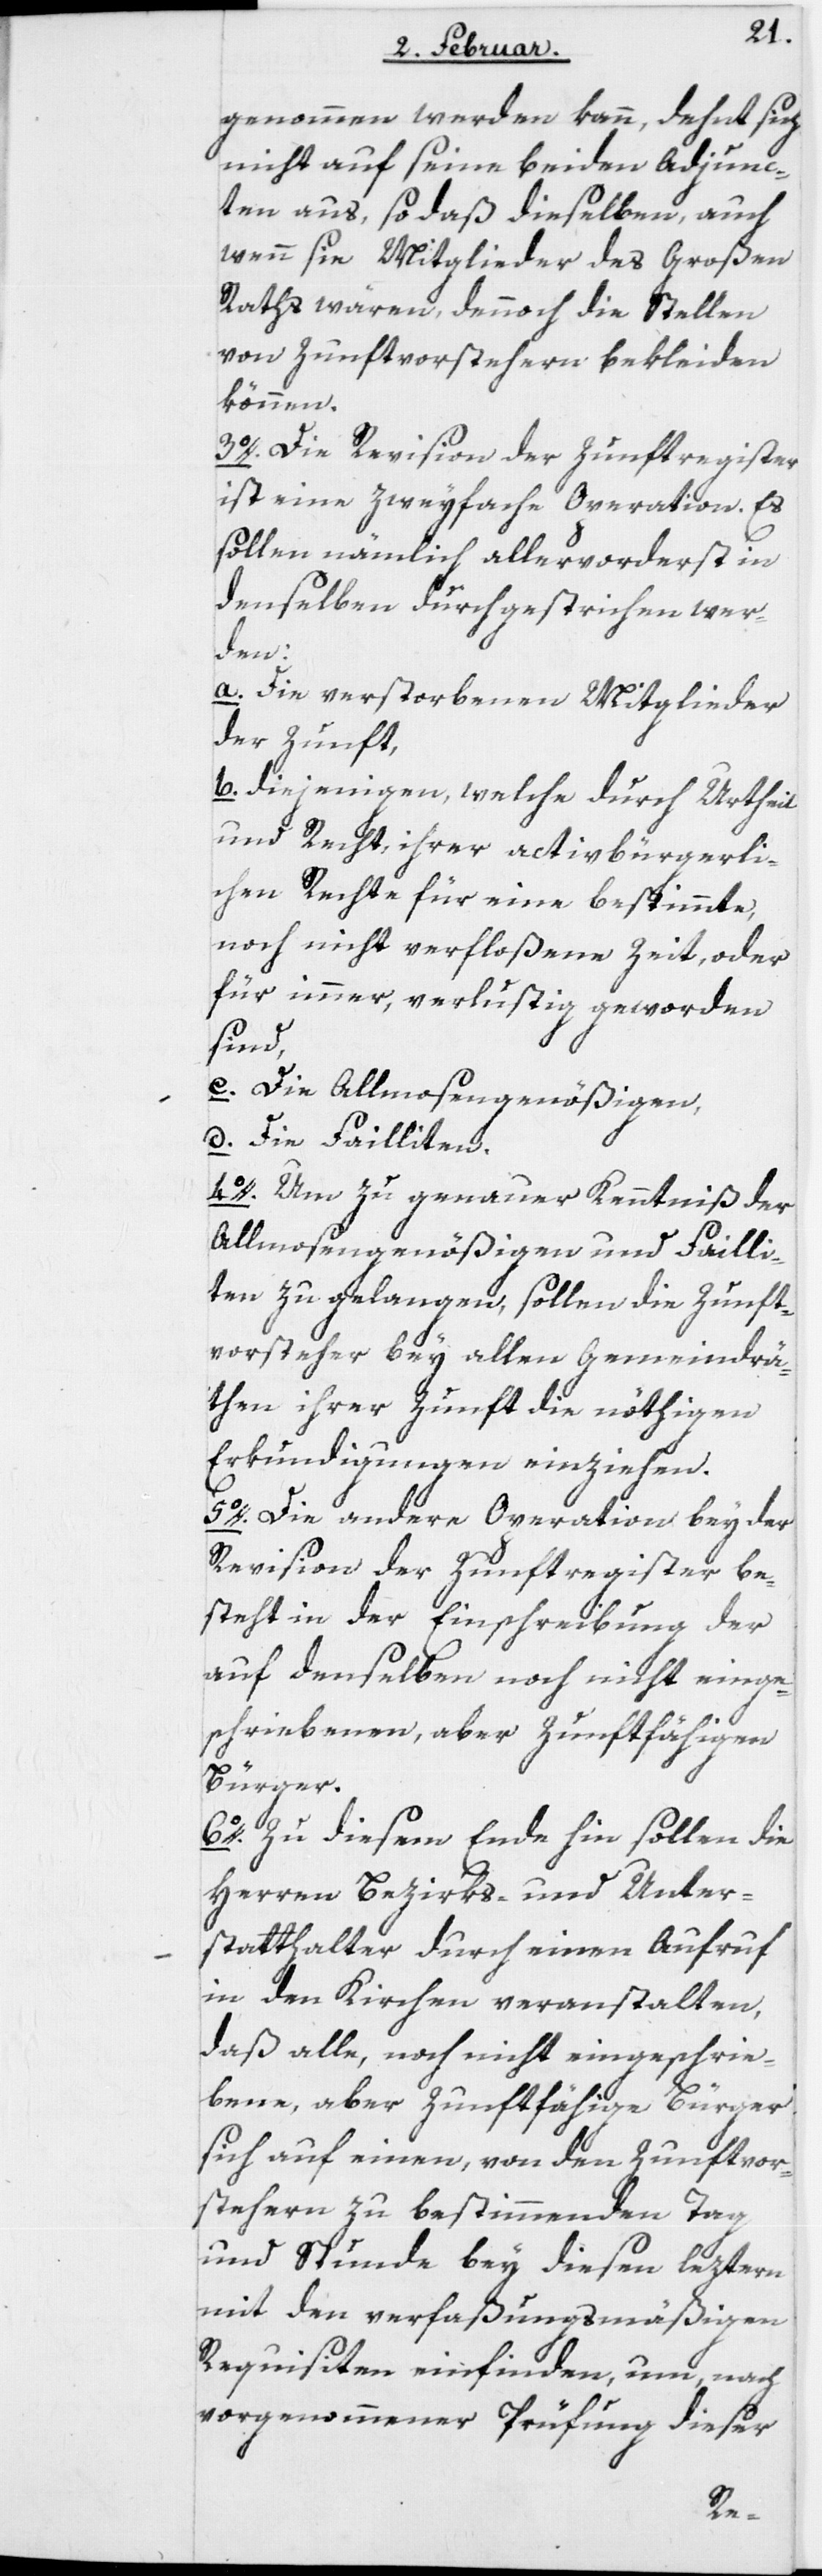
genommen werden kann, dehnt sich
nicht auf seine beiden Adjunc¬
ten aus, so daß dieselben, auch
wenn sie Mitglieder des Großen
Raths wären, dennoch die Stellen
von Zunftvorstehern bekleiden
können.
3o. Die Revision der Zunftregister
ist eine zweyfache Operation. Es
sollen nämmlich allervorderst in
denselben durchgestrichen wer¬
den:
a. Die verstorbenen Mitglieder
der Zunft,
b. diejenigen, welche durch Urtheil
und Recht, ihrer activbürgerli¬
chen Rechte für eine bestimmte,
noch nicht verfloßene Zeit, oder
für immer, verlustig geworden
sind,
c. Die Allmosengenößigen,
d. Die Failliten.
4o. Um zu genauer Kenntniß der
Allmosengenößigen und Failli¬
ten zu gelangen, sollen die Zunft¬
vorsteher bey allen Gemeindrä¬
then ihrer Zunft die nöthigen
Erkundigungen einziehen.
5o. Die andere Operation bey der
Revision der Zunftregister be¬
steht in der Einschreibung der
auf denselben noch nicht einge¬
schriebenen, aber Zunftfähigen
Bürger.
6o. Zu diesem Ende hin sollen die
Herren Bezirks- und Unter¬
statthalter durch einen Aufruf
in den Kirchen veranstalten,
daß alle, noch nicht eingeschrie¬
bene, aber Zunftfähige Bürger
sich auf einen, von den Zunftvor¬
stehern zu bestimmenden Tag
und Stunde bey diesen leztern
mit den verfaßungsmäßigen
Requisiten einfinden, um, nach
vorgenommener Prüfung dieser